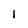
Character: l